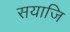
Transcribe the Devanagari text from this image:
सयाजि